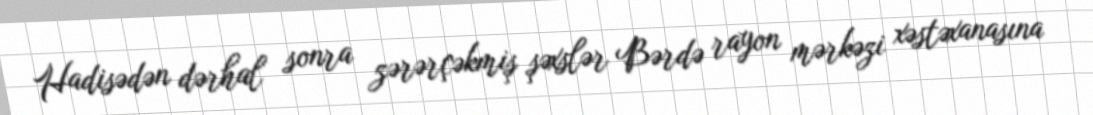
Hadisədən dərhal sonra zərərçəkmiş şəxslər Bərdə rayon mərkəzi xəstəxanasına